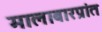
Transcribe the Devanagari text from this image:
मालाबारप्रांत